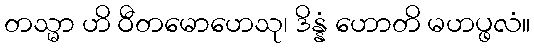
တသ္မာ ဟိ ဝီတမောဟေသု၊ ဒိန္နံ ဟောတိ မဟပ္ဖလံ။